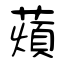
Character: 薠